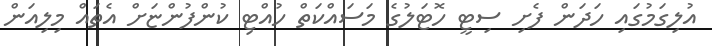
އުލިގަމުގައި ހަދަން ފެށި ސިޓީ ހޮޓަލުގެ މަސައްކަތް ހުއްޓި ކުންފުންޏަށް އެތައް މިލިއަން